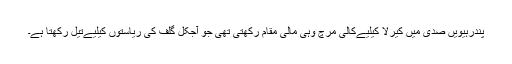
پندرہیویں صدی میں کیرلا کیلیےکالی مرچ وہی مالی مقام رکھتی تھی جو آجکل گلف کی ریاستوں کیلیےتیل رکھتا ہے۔